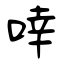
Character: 啈